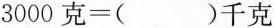
$$3 0 0 0 克 =$$()千克